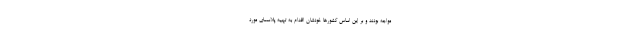
مواجه بودند و بر این اساس کشورها خودشان اقدام به تهیه پلاسمای مورد